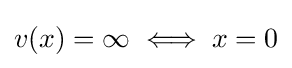
v(x)=\infty \iff x=0